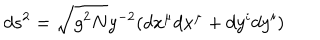
d s ^ { 2 } = \sqrt { g ^ { 2 } N } y ^ { - 2 } ( d x ^ { \mu } d x ^ { \mu } + d y ^ { i } d y ^ { i } )